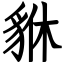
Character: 貅